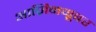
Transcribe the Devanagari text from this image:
आज़िनग्रूबर